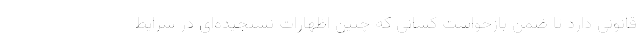
قانونی دارد تا ضمن بازخواست کسانی که چنین اظهارات نسنجیده‌ای در شرایط